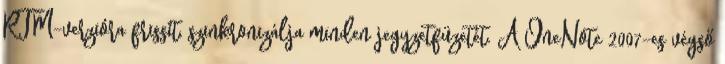
RTM-verzióra frissít, szinkronizálja minden jegyzetfüzetét. A OneNote 2007-es végső